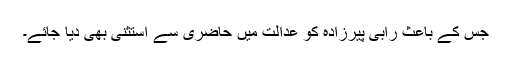
جس کے باعث رابی پیرزادہ کو عدالت میں حاضری سے استثنیٰ بھی دیا جائے۔